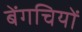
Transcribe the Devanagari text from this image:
बेंगचियों